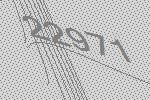
22971